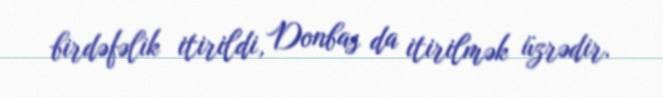
birdəfəlik itirildi, Donbas da itirilmək üzrədir.